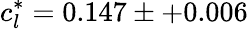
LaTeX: c_{l}^{*}=0.147\pm+0.006